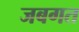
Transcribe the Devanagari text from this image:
जबगत